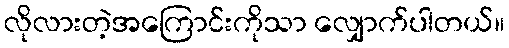
လိုလားတဲ့အကြောင်းကိုသာ လျှောက်ပါတယ်။